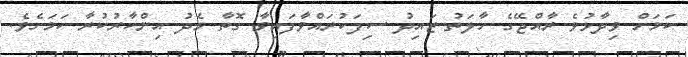
ކަމަށް ވިދާޅުވެ ރާއްޖޭގެ ހާލަތު ޒައިދު ސިފަކުރައްވާފައިވާ ގޮތާ މެދު އިިންކާރުކުރާ ކަމަށެވެ.